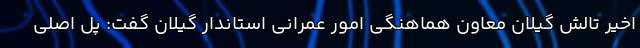
اخیر تالش گیلان معاون هماهنگی امور عمرانی استاندار گیلان گفت: پل اصلی